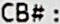
CB# :